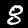
Label: 8